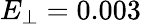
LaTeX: E_{\perp}=0.003